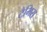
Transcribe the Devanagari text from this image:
टैमिरा